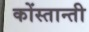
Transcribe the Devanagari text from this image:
कोंस्तान्ती